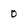
Character: 0